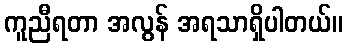
ကူညီရတာ အလွန် အရသာရှိပါတယ်။